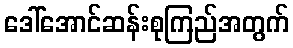
ဒေါ်အောင်ဆန်းစုကြည်အတွက်